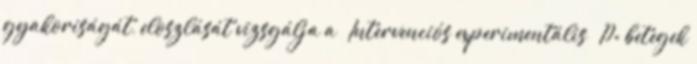
gyakoriságát, eloszlását vizsgálja a – Intervenciós experimentális – P= betegek